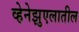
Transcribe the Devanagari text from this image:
व्हेनेझुएलातील